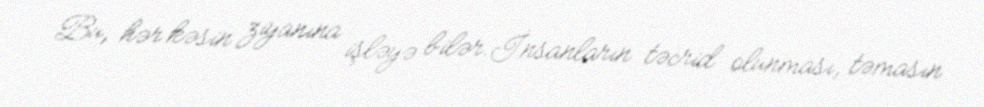
Bu, hər kəsin ziyanına işləyə bilər.İnsanların təcrid olunması, təmasın